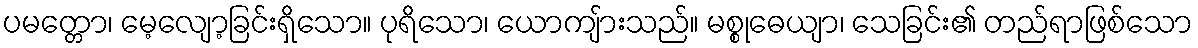
ပမတ္တော၊ မေ့လျော့ခြင်းရှိသော။ ပုရိသော၊ ယောကျ်ားသည်။ မစ္စုဓေယျာ၊ သေခြင်း၏ တည်ရာဖြစ်သော